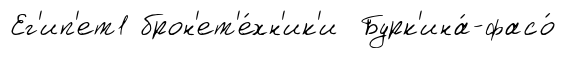
Ег'ип'ет1 брон'ет'е́хн'ик'и Бурк'ина́-фасо́